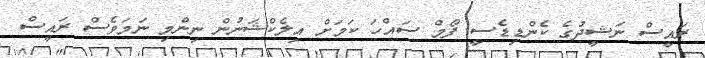
ރައީސް ނަޝީދުގެ ކެންޑިޑެސީ ފޯމް ސައްހަ ކަމަށް އިލެކްޝަނުން ނިންމި ނަމަވެސް ރައީސް